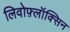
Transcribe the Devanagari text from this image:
लिवोफ़्लॉक्सिन